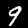
Label: 9